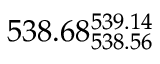
5 3 8 . 6 8 _ { 5 3 8 . 5 6 } ^ { 5 3 9 . 1 4 }